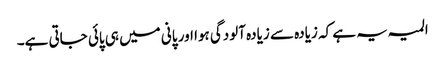
المیہ یہ ہے کہ زیادہ سے زیادہ آلودگی ہوا اور پانی میں ہی پائی جاتی ہے۔